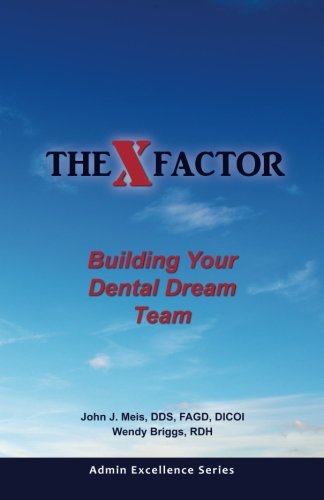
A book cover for The X Factor: Building Your Dental Dream Team (Admin Excellence Series) (Volume 1); Dr. John J. Meis; Medical Books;